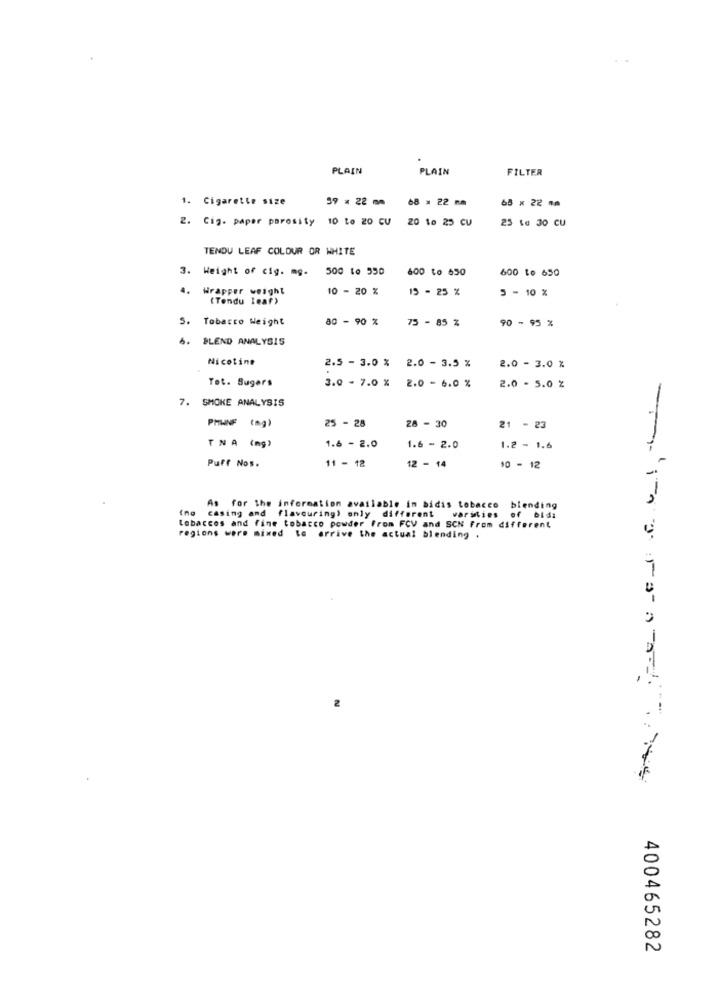
PLAIN
PLAIN
FILTER
1. Cigarette size
59 = 22 mm
68 = 22 mm
65 × 22 10
2. Cig. paper porosity 10 to 20 CV 20 to 25 CV
25 1e 30 CU
TENDU LEAF COLOUR OR WHITE
3. Weight of cig. mg. 500 to 550
600 to 650
600 to 650
..
Wrapper weight
10 - 20 %
19 - 25 %
5 - 10 %
(Tendu leaf)
5. Tobacco Weight
80 - 90 %
75 - 85 %
90 - 95 %
. BLEND ANALYSIS
Nicotine
2.5 - 3.0 %
2.0 - 3.5 %
2.0 - 3.0 %
Tet. Sugers
3.0 - 7.0 %
2.0 - 6.0 %
2.0 - 5.0 %
7. SMOKE ANALYSIS
25 - 28
28 - 30
PHWNF (mg)
21 - 23
TNA (mg)
1.6 - 2.0
1.6 - 2.0
1.2 - 1.6
Puff Nos.
11 - 12
12 - 14
10 - 12
As for the information available in bidis tobacco blending
o casing and flavouring) only different varsties of bida
tobaccos and fine tobacco powder From FCV and SCN From different
regions were mixed to arrive the actual blending .
7
400465282